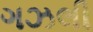
ગઝલી